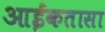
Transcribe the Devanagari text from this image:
आईकतासा